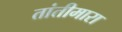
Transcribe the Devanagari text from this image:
तांतीमारा